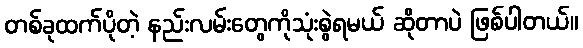
တစ်ခုထက်ပိုတဲ့ နည်းလမ်းတွေကိုသုံးစွဲရမယ် ဆိုတာပဲ ဖြစ်ပါတယ်။